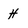
Character: H